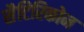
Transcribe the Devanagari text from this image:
सैटिरिकोन